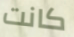
كانت